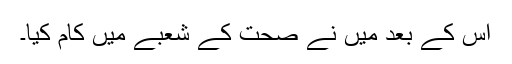
اس کے بعد میں نے صحت کے شعبے میں کام کیا۔